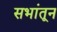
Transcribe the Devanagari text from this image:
सभांतून